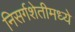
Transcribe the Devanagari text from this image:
निसर्गशेतीमध्ये